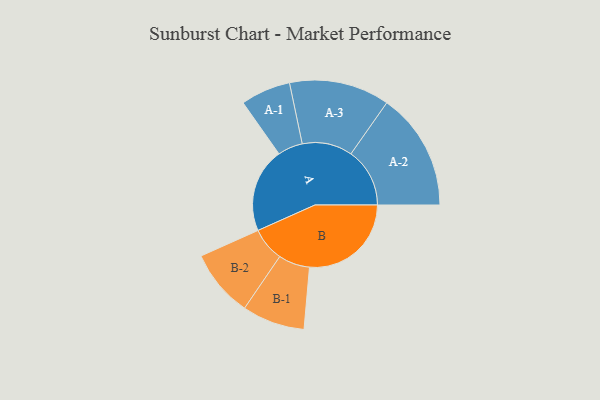
{"axis": {"x": "Segment", "y": "Value"}, "legend": ["", "A", "B"], "data": [{"x": "A", "y": 372, "type": ""}, {"x": "B", "y": 448, "type": ""}, {"x": "A-1", "y": 110, "type": "A"}, {"x": "A-2", "y": 259, "type": "A"}, {"x": "A-3", "y": 221, "type": "A"}, {"x": "B-1", "y": 138, "type": "B"}, {"x": "B-2", "y": 149, "type": "B"}]}